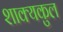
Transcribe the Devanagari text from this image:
शाक्यकुल